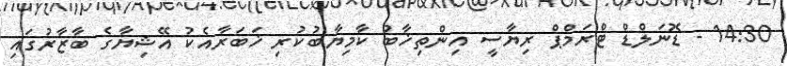
14:30 - ޑޮނަލްޑް ޓްރަމްޕް ރިޔާސީ އިންތިޚާބު ކާމިޔާބުކުރި ޚަބަރާއެކު އޭޝިޔާގެ ބާޒާރުގަައި